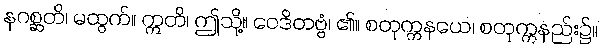
နဂစ္ဆတိ၊ မထွက်။ ဣတိ၊ ဤသို့။ ဝေဒိတဗ္ဗံ၊ ၏။ စတုက္ကနယေ၊ စတုက္ကနည်း၌။